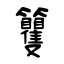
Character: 籰